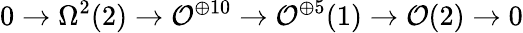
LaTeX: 0\rightarrow\Omega^{2}(2)\rightarrow{\cal O}^{\oplus 10}\rightarrow{\cal O}^{\oplus 5}(1)\rightarrow{\cal O}(2)\rightarrow 0